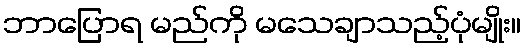
ဘာပြောရ မည်ကို မသေချာသည့်ပုံမျိုး။